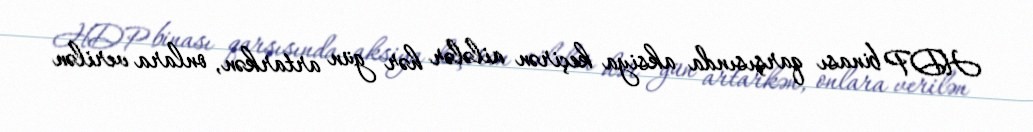
HDP binası qarşısında aksiya keçirən ailələr hər gün artarkən, onlara verilən